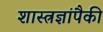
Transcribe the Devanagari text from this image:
शास्त्रज्ञांपैकी